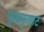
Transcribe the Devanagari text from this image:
फुसफुसाट